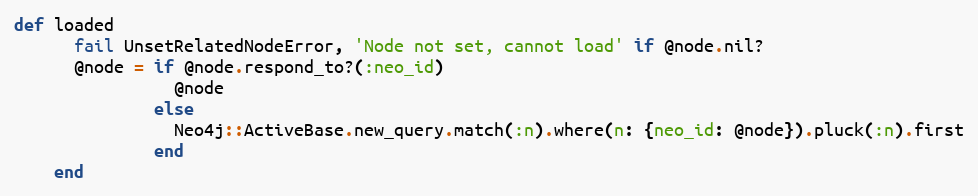
Language: Ruby
def loaded
      fail UnsetRelatedNodeError, 'Node not set, cannot load' if @node.nil?
      @node = if @node.respond_to?(:neo_id)
                @node
              else
                Neo4j::ActiveBase.new_query.match(:n).where(n: {neo_id: @node}).pluck(:n).first
              end
    end